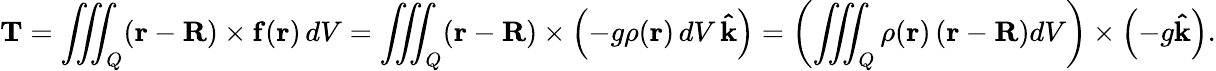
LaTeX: \mathbf{T}=\iiint_{Q}(\mathbf{r}-\mathbf{R})\times\mathbf{f}(\mathbf{r})\, dV=\iiint_{Q}(\mathbf{r}-\mathbf{R})\times\left(-g\rho(\mathbf{r})\, dV\, \mathbf{\hat{k}}\right)=\left(\iiint_{Q}\rho(\mathbf{r})\left(\mathbf{r}-\mathbf{R}\right)dV\right)\times\left(-g\mathbf{\hat{k}}\right).